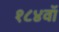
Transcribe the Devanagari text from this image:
१८४वॉ